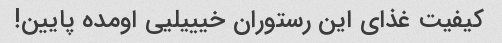
کیفیت غذای این رستوران خیییلیی اومده پایین!